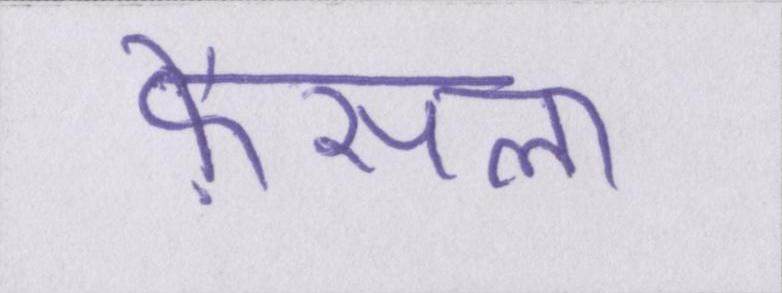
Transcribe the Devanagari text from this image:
फ़ैसला